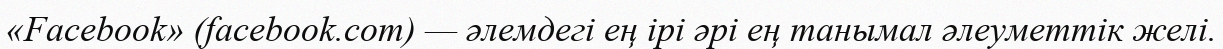
«Facebook» (facebook.com) — әлемдегі ең ірі әрі ең танымал әлеуметтік желі.